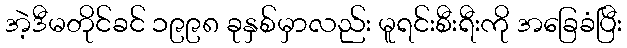
အဲ့ဒီမတိုင်ခင် ၁၉၉၈ ခုနှစ်မှာလည်း မူရင်းစီးရီးကို အခြေခံပြီး